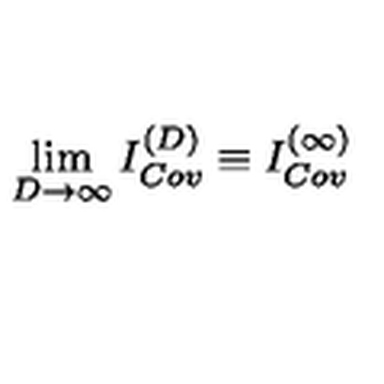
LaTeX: \lim _ { D \rightarrow \infty } I _ { C o v } ^ { ( D ) } \equiv { } I _ { C o v } ^ { ( \infty ) }